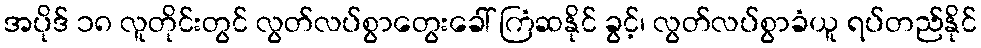
အပိုဒ် ၁၈ လူတိုင်းတွင် လွတ်လပ်စွာတွေးခေါ် ကြံဆနိုင် ခွင့်၊ လွတ်လပ်စွာခံယူ ရပ်တည်နိုင်